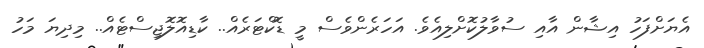
އެޔަށްފަހު އިޝާން އާއި ސުވާލުކޮށްލިއެވެ. އަހަރެންވެސް މީ ޑޮކްޓަރެއް.. ކާޑިއޮލޮޖިސްޓެއް.. މިދިޔަ މަހު